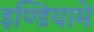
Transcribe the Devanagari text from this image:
इण्डियामें